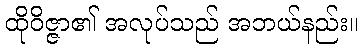
ထိုဝိဇ္ဇာ၏ အလုပ်သည် အဘယ်နည်း။